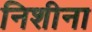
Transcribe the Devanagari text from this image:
निशीना